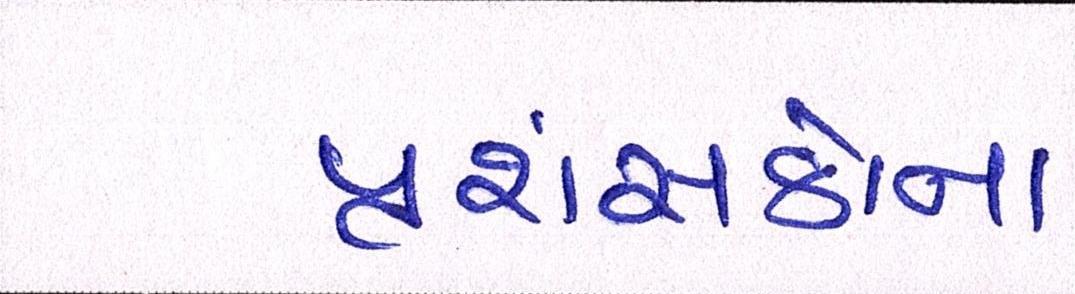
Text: પ્રશંસકોનો